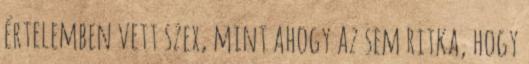
értelemben vett szex, mint ahogy az sem ritka, hogy